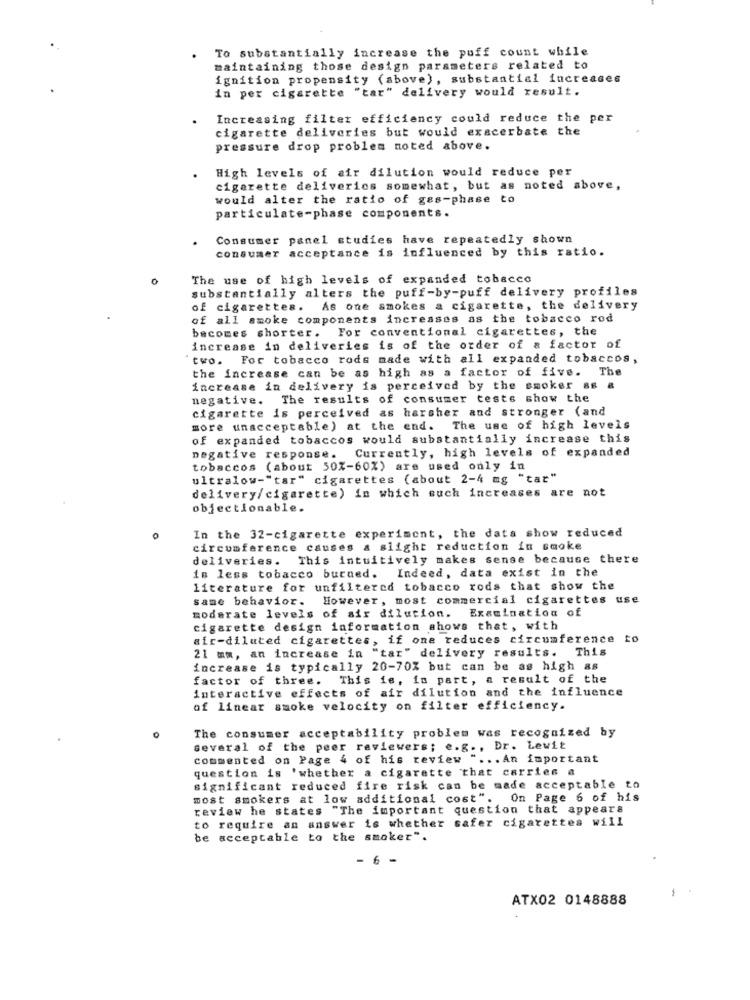
To substantially increase the puff count while
maintaining those design parameters related to
ignition propensity (above), substantial increases
in per cigarette "tar" delivery would result.
Increasing filter efficiency could reduce the per
cigarette deliveries but would exacerbate the
pressure drop problem noted above.
High levels of air dilution would reduce per
cigarette deliveries somewhat, but as noted above,
would alter the ratio of gas-phase to
particulate-phase components.
Consumer panel studies have repeatedly shown
acceptance is influenced by this ratio.
consumer
The use of high levels of expanded tobacco
substantially alters the puff-by-puff delivery profiles
of cigarettes.
As one smokes a cigarette, the delivery
of all smoke components increases as the tobacco rod
For conventional cigarettes, the
becomes shorter.
increase in deliveries is of the order of & factor of
two. For tobacco rods made with all expanded tobaccos,
the increase can be as high as a factor of five. The
increase in delivery is perceived by the smoker ss &
negative. The results of consumer tests show the
cigarette is perceived as harsher and stronger (and
more unacceptable) at the end. The use of high levels
of expanded tobaccos would substantially increase this
negative response. Currently, high levels of expanded
tobaccos (about 50%-60%) are used only in
ultralow-"tar" cigarettes (about 2-4 mg "tar"
delivery/cigarette) in which such increases are not
objectionable.
0
In the 32-cigarette experiment, the data show reduced
circumference causes a slight reduction in smoke
deliveries. This intuitively makes sense because there
is less tobacco burned. Indeed, data exist in the
literature for unfiltered tobacco rods that show the
However, most commercial cigarettes use
same behavior.
moderate levels of air dilution. Examination of
cigarette design information shows that, with
air-diluted cigarettes, if one reduces circumference to
21 mm, an increase in "tar" delivery results. This
increase is typically 20-70% but can be as high as
factor of three. This fe, in part, a result of the
interactive effects of air dilution and the influence
of linear smoke velocity on filter efficiency.
0
The consumer acceptability problem was recognized by
several of the peer reviewers; e.g ., Dr. Lewit
commented on Page 4 of his review " ... An important
question is 'whether a cigarette that carries a
significant reduced fire risk can be made acceptable to
most smokers at low additional cost". On Page 6 of his
review he states "The important question that appears
to require an answer is whether safer cigarettes will
be acceptable to the smoker".
6 -
ATX02 0148888